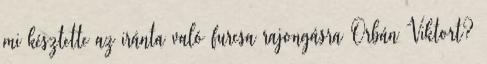
mi késztette az iránta való furcsa rajongásra Orbán Viktort?